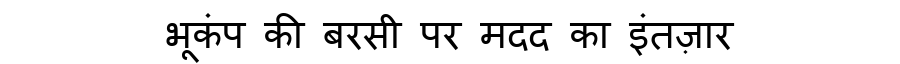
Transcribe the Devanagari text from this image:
भूकंप की बरसी पर मदद का इंतज़ार